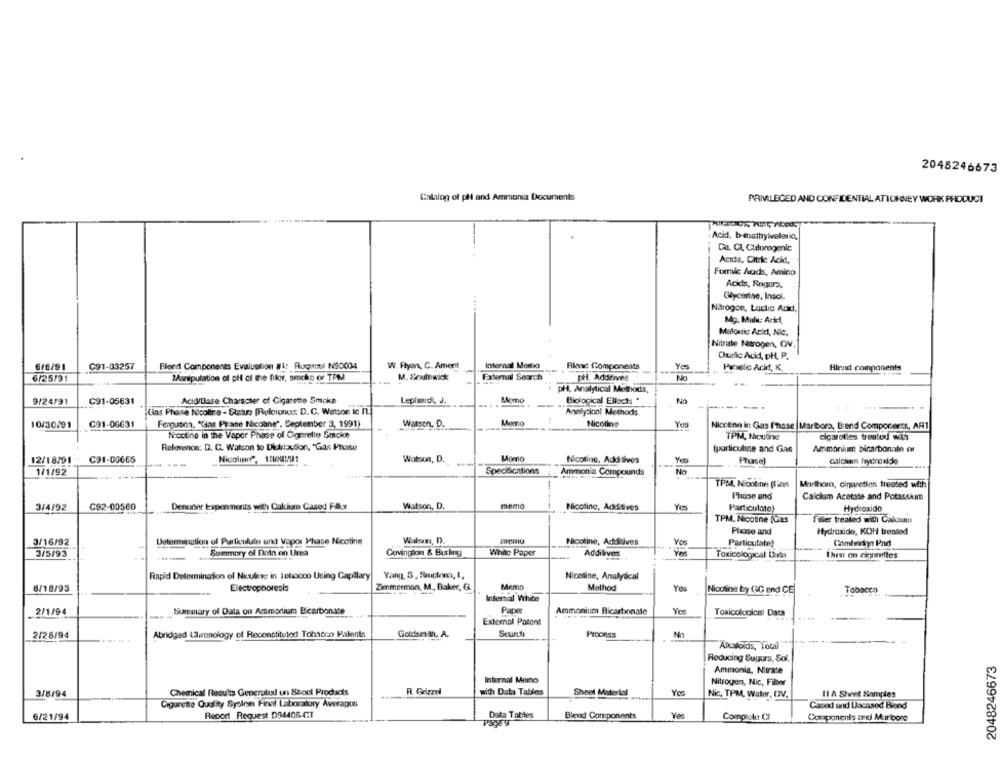
2048246673
Calalon of pli and Ammonia Documents
PRIVILEGED AND CONFIDENTIAL ATTORNEY WORK PRODUCT
Acid, b-enattrylvaleno,
Ca. CL Chlorogenic
Acıda, Citrle Acid,
Formic Aads, Amino
Acids, Sugars.
Glycerine, Insol.
Närogen, Lactic Acid,
Malonic Acid, Nic.
Nitrate Nitrogen, OV.
Outlic Acid, DH, P.
6/6/91
C91-03257
Flend Components Evaluation #1: Ruquoi N90034
W. Fiyan, C. Ament
Internal Memo
Filand Components
Yes
unponents
-
Panelic Acid, K.
6/25/91
Manipulation of pli ci the filer, smolto of TPM
M. Southwick
External Search
pH, Addrives
pH, Analytical Methods,
9/24/91
C91-05631
Acid/Base Character of Cigarette Smoke
Lepisardi, J.
Memo
Biological ENacts "
No
Gias Phase Nicotire - Staans [Relorone: D. C. Watson to R.]
Analycicl Methods
-.
----. .
10/30/91
C91-06631
Ferguson, "Gas Phase Nicoline", September 3, 1991)
Watson, D.
Momo
Nicoline
Yes
Niccena in Gas Phase |Marboro, Brand Components, AR1
Noctine in the Vapor Phase of Cigarette Smoke
TPM, Houline
cigarelles treated with
Referenos: D. G. Watson to Diuriaution, "Gas Phase
(particulese and Gas
Ammonium bicarbonala or
C91-00665
Monto
12/18/91
---
Watson, D.
Nicotine. Add tives
calckan hydroxide
1/1/92
Specifications
No
Ammonia Compounds
TPM. Nicotine (ine
Marlboro, cigarettes treated with
Phase and
Calcium Acetate and Potassium
3/4/92
C92-00560
Denurter lexpenments with Calcium Cased Filox
Watson, D.
memo
Nicotine, Additives
Particulato)
Hydroxido
TPM, Nicotine (Gas
ffer treated with Caloun
Phase and
Hydroxide, KOH treated
3/16/92
Determination of Particulate and Vapor Phase Nicotine
Walsam, D.
Nicotine, Additives
Yes
Particutate)
Combichn Pnd
3/5/93
Summary of Data on Urea
Covington & Burling
White Paper
Addilives
Toxicological Dubi
then on cipettes
Rapid Delesmination of Niculing in Iehoooo Using Capillary
Yang, 3, Smiclono, I,
Nicoline, Analytical
Electrophoresis
Zimmermon, M ., Baker, G.
Memo
Method
8/18/93
Nicotine by (3C and CE
Tobacco
Internal White
2/1/94
Summary of Data on Ammonium Bicarbonate
Pape
Ammonium Bicarbonate
Toxicological Data
External Patent
Process
2/28/94
Abridged Laronology of Reconstituted Tohacen Palents
Goldsmith, A.
Alkaloids, Total
Reducing Sugurs, Sol.
2048246673
Ammonia, Nitrate
Internal Memo
Nitrogen, Nic, Filter
3/8/94
Chemical Results Generutual un Shool Products
A Grizzdl
with Data Tables
Sheel Material
Yes
11 A Sheet Samples
Nic, TPM, Water, CIV.
Cigarette Quality Sysloin Final Laboratory Averapuu
Casod and Uncased Biend
6/21/94
Report Request D94406-CT
Data Tables
Blend Components
Compicte CI
Components and Marlboro